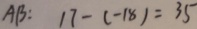
A B : 1 7 - ( - 1 8 ) = 3 5